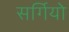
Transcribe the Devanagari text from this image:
सर्गियो